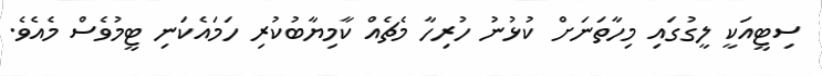
ސިޓީއަކީ ލީގުގައި މިހާތަނަށް ކުޅުނު ހުރިހާ މެޗެއް ކާމިޔާބުކުރި ހަމައެކަނި ޓީމުވެސް މެއެވެ.